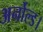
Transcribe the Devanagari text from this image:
अर्नोल्ड।